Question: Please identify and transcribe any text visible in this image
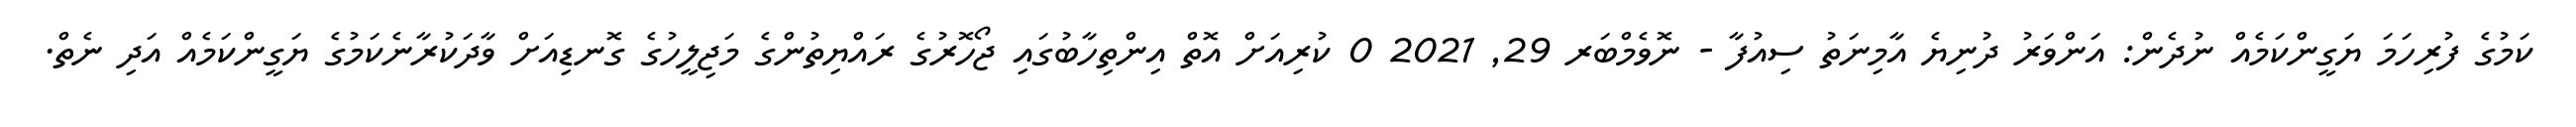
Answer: ކަމުގެ ފުރިހަމަ ޔަގީންކަމެއް ނުދެން: އަންވަރު ދުނިޔެ އާމިނަތު ސިއުފާ - ނޮވެމްބަރ 29, 2021 0 ކުރިއަށް އޮތް އިންތިހާބުގައި ޖޯހޮރުގެ ރައްޔިތުންގެ މަޖިލީހުގެ ގޮނޑިއަށް ވާދަކުރާނެކަމުގެ ޔަގީންކަމެއް އަދި ނެތް.